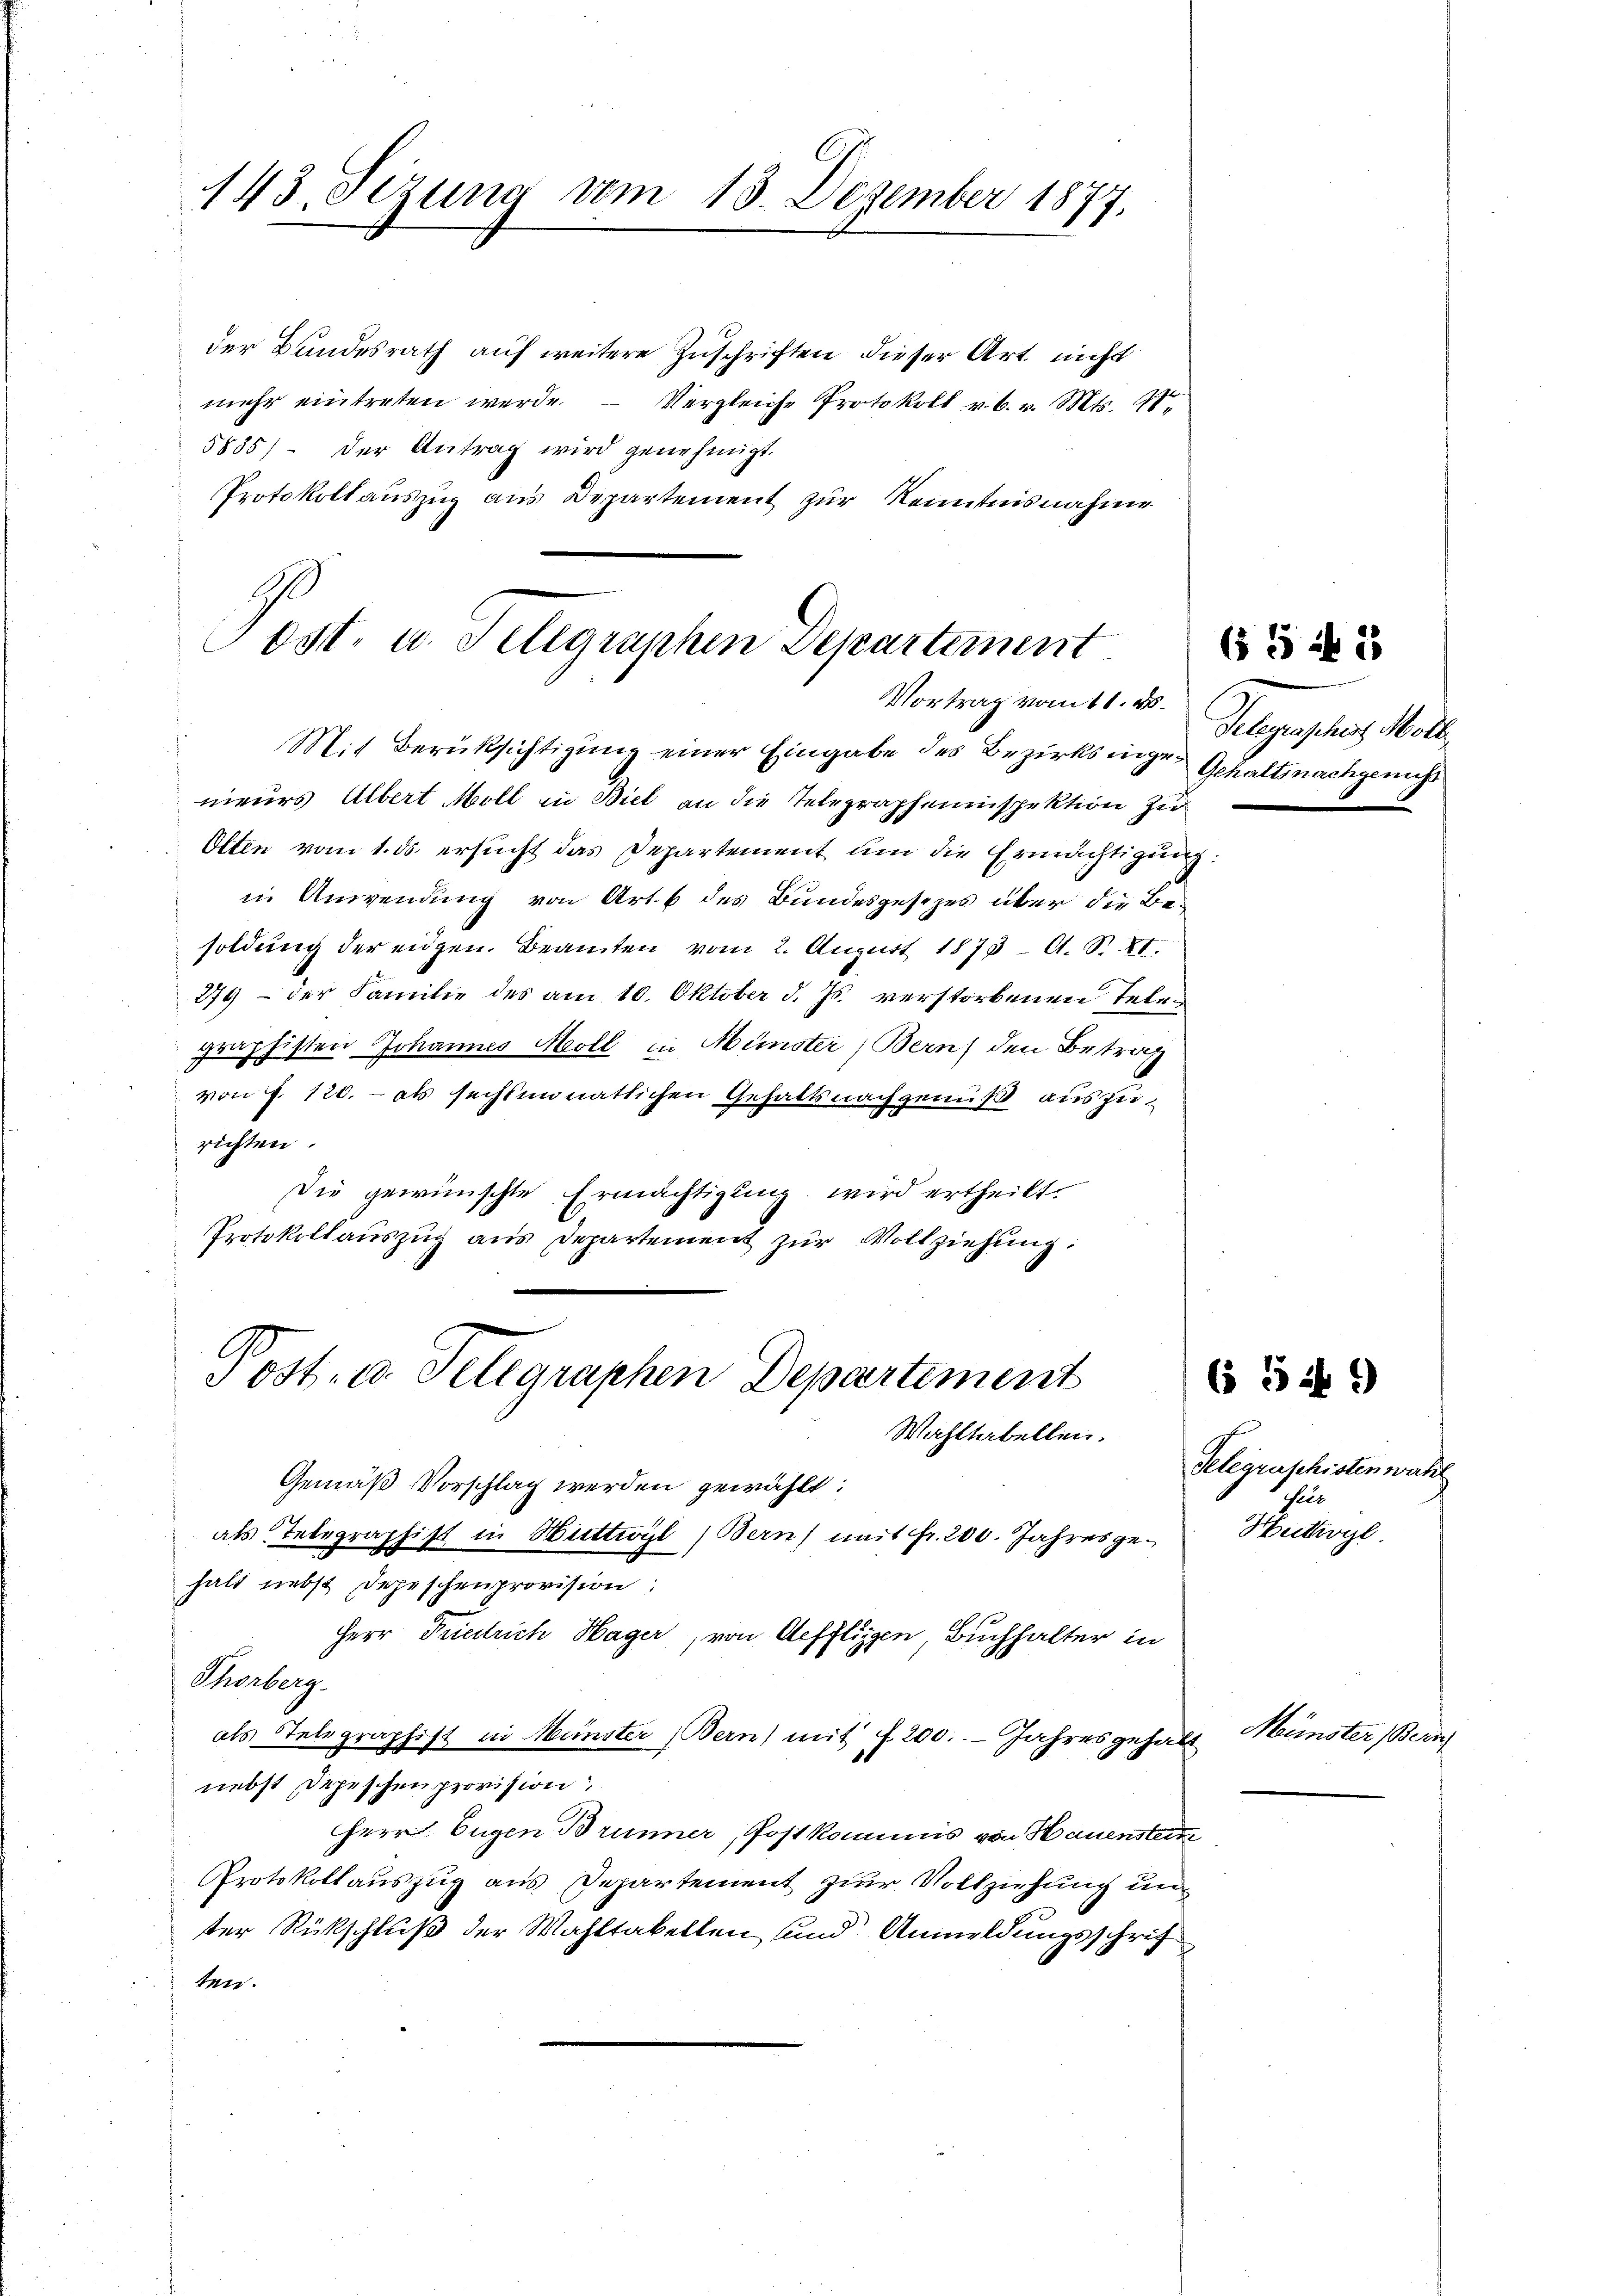
der Bundesrath auf weitere Zuschriften dieser Art. nicht
mehr eintreten werde. - Vergleiche Protokoll v. 6. v. Mts. A
5835) der Antrag wird genehmigt.
Protokoll auszug aus Departement zur Kenntnisnahme

143. Sezung vom 13. Dezember 1877.

ost. u. Sellgraphen Departement
Vortrag vom 11. ds.

Mit Berücksichtigung einer Eingabe des Bezirksinge- Gehalt nachgenicht
nieurs Albert Moll in Biel an die Telegrapheninspektion zu¬
Olten vom 1. ds. ersucht das Departement um die Ermächtigung:
in Anwendung von Art. 6 des Bundesgesezes über die Besoldŭng der eidgen. Beamten vom 2. Aŭgŭst 1873 A. S. XI.
274) - der Familie des am 10. Oktober d. Js. verstorbenen Telegraphisten Johannes Moll in Münster, Bern den Betrag
von f. 120. - als sechsmonatlichen Gehaltsnachgenuß auszurichten.
Die gewünschte Ermächtigung, wird ertheilt.
Protokollauszug aus Departement zur Vollziehung:
Wahltabellen.
Gemäß Vorschlag werden gewählt:
als Telegraphist in Wittwyl (Bern) mit Fr. 200. Jahres gehalt nebst Depeschenprovision:
Herr Friedrich Hager, von Aeffliggen Buchhalter in
Thörberg.
als Telegraphist in Münster Bern) mit f 200. Jahresgehalt
nebst Depeschenprovision
Herr Eugen Brunner, Post kommis von Hauenstein
Protokollauszug aus Departement zur Vollziehung un
ter Rückschluß der Wahltakelten und Anmeldungsschrif
ten.

Post- u. Telegraphen Departement

Telegraphist Moll

6542

654

Telegraschisten wahl
hius
Hithogl.

Münster Beri